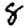
Digit: 8